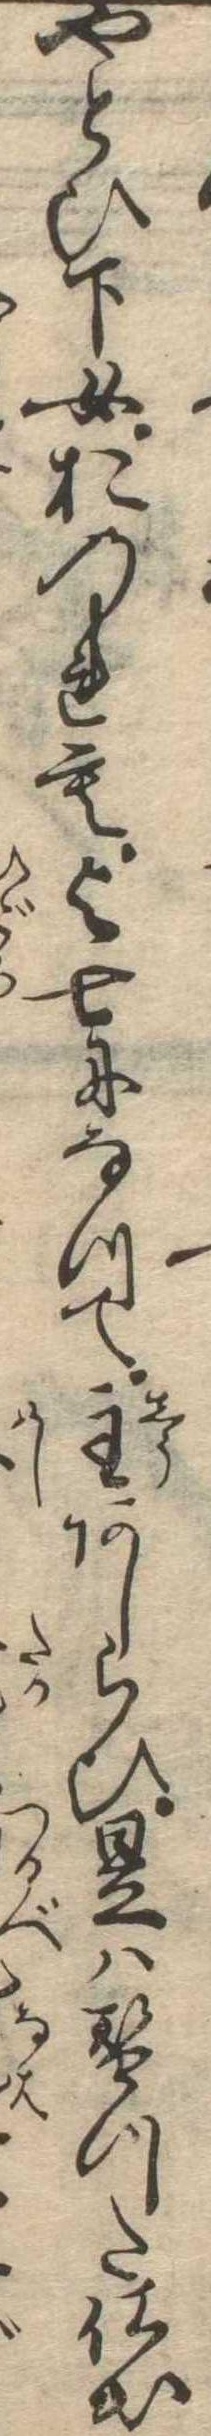
やとひ下女おのれも与七になつて主あしらひ是は替つた仕出